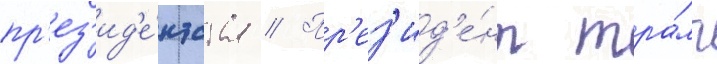
пр'ез'ид'е́нтства // Пр'ез'ид'е́нт тра́мп